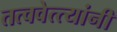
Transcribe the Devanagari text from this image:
तत्ववेत्त्यांनी